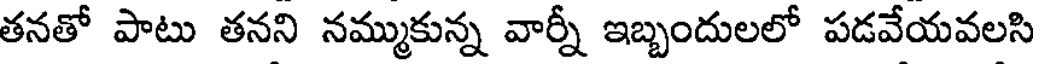
తనతో పాటు తనని నమ్ముకున్న వార్నీ ఇబ్బందులలో పడవేయవలసి